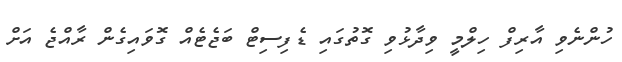
ހުންނެވި އާރިފް ހިލްމީ ވިދާޅުވި ގޮތުގައި ޑެފިސިޓް ބަޖެޓެއް ގޮވައިގެން ރާއްޖެ އަށް